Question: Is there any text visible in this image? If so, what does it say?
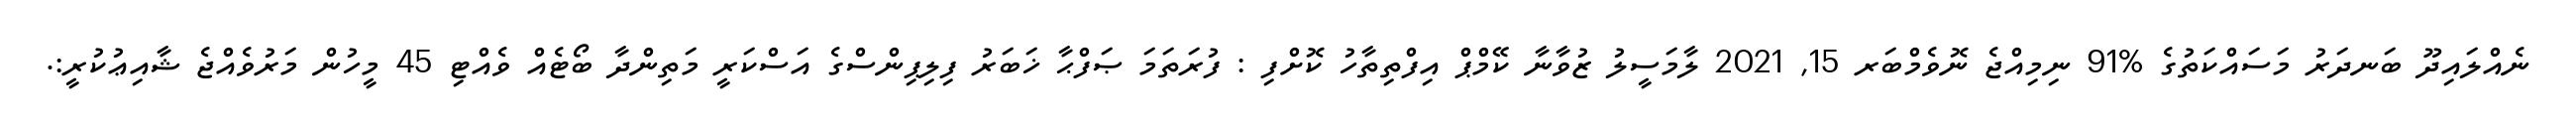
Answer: ނެއްލައިދޫ ބަނދަރު މަސައްކަތުގެ %91 ނިމިއްޖެ ނޮވެމްބަރ 15, 2021 ލާމަސީލު ޒުވާނާ ކޭމްޕް އިފްތިތާހު ކޮށްފި : ފުރަތަމަ ޞަފްޙާ ޚަބަރު ފިލިޕިންސްގެ އަސްކަރީ މަތިންދާ ބޯޓެއް ވެއްޓި 45 މީހުން މަރުވެއްޖެ ޝާއިޢުކުރީ:.